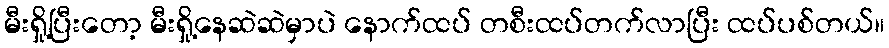
မီးရှို့ပြီးတော့ မီးရှို့နေဆဲဆဲမှာပဲ နောက်ထပ် တစီးထပ်တက်လာပြီး ထပ်ပစ်တယ်။